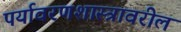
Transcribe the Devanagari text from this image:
पर्यावरणशास्त्रावरील